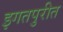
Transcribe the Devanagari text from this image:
इगतपुरीत